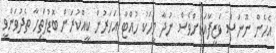
އެހެން ނޫނަސް ވަޒީފާއަކަށްވެސް ނުދާ މީހަކު ހުއްޓާ އަހަރުން ކީއްކުރަން ބޮޑުފަތިހާ ތެދުވަންވީ